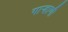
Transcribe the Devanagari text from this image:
गार्‍हाणी